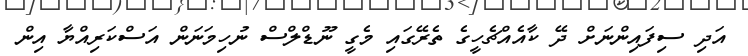
އަދި ސިފައިންނަށް ދޭ ކާއެއްޗެހީގެ ތެރޭގައި މެގީ ނޫޑްލްސް ނުހިމަނަން އަސްކަރިއްޔާ އިން